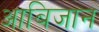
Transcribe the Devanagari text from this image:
आबिजान